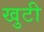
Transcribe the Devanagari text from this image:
खुटी